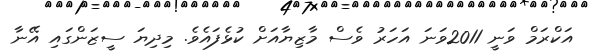
އަކްރަމް ވަނީ 2011ވަނަ އަހަރު ވެސް މާޒިޔާއަށް ކުޅެފައެވެ. މިދިޔަ ސީޒަންގައި އޭނާ